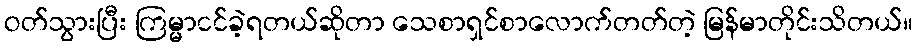
ဝတ်သွားပြီး ကြမ္မာငင်ခဲ့ရတယ်ဆိုတာ သေစာရှင်စာလောက်တတ်တဲ့ မြန်မာတိုင်းသိတယ်။